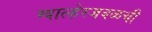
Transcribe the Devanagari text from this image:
ग्वाल्हेरजवळची